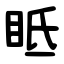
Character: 眡